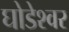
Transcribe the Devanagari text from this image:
घोडेश्वर